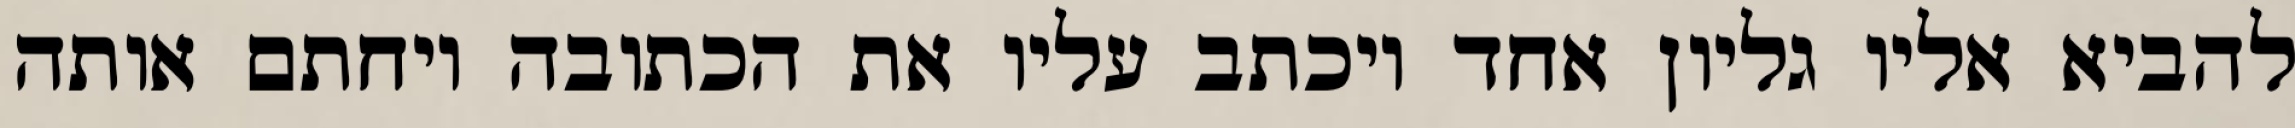
להביא אליו גליון אחד ויכתב עליו את הכתובה ויחתם אותה